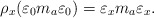
\begin{align*}\rho _{x}(\varepsilon_{0}m_{a}\varepsilon_{0})=\varepsilon_{x}m_{a}\varepsilon_{x}.\end{align*}